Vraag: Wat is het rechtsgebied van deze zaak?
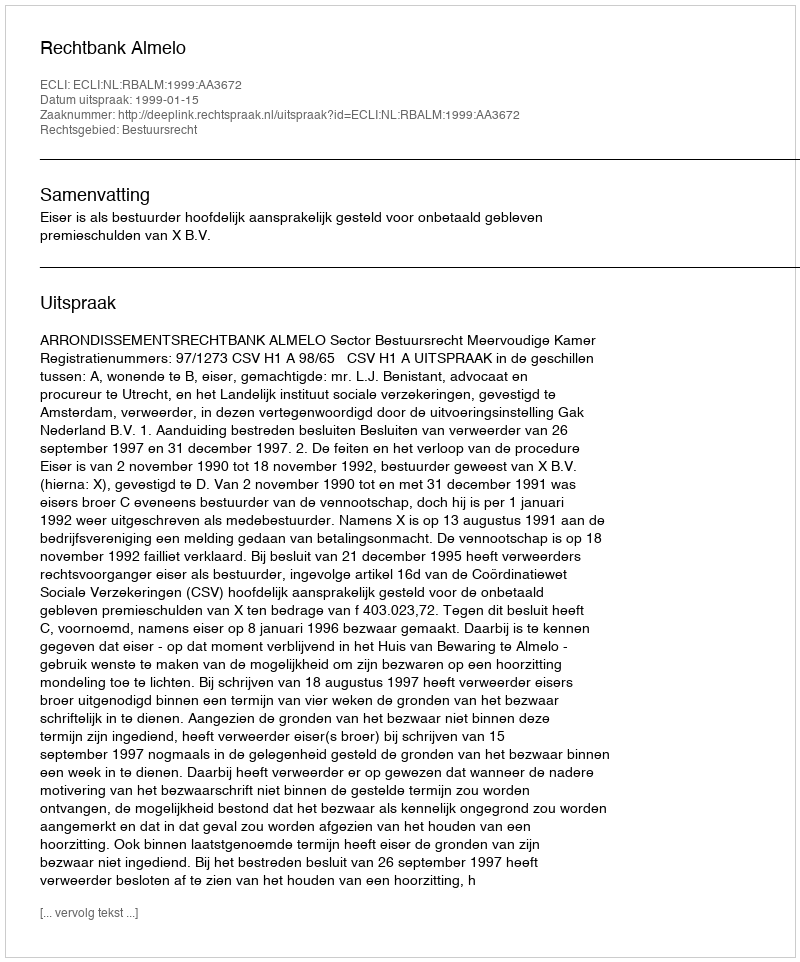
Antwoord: Bestuursrecht